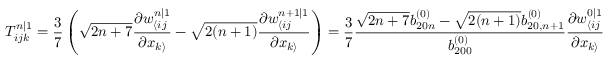
T _ { i j k } ^ { n | 1 } = \frac { 3 } { 7 } \left( \sqrt { 2 n + 7 } \frac { \partial w _ { \langle i j } ^ { n | 1 } } { \partial x _ { k \rangle } } - \sqrt { 2 ( n + 1 ) } \frac { \partial w _ { \langle i j } ^ { n + 1 | 1 } } { \partial x _ { k \rangle } } \right) = \frac { 3 } { 7 } \frac { \sqrt { 2 n + 7 } b _ { 2 0 n } ^ { ( 0 ) } - \sqrt { 2 ( n + 1 ) } b _ { 2 0 , n + 1 } ^ { ( 0 ) } } { b _ { 2 0 0 } ^ { ( 0 ) } } \frac { \partial w _ { \langle i j } ^ { 0 | 1 } } { \partial x _ { k \rangle } }